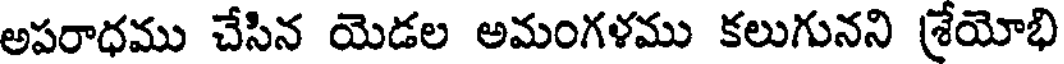
అపరాధము చేసిన యెడల అమంగళము కలుగునని శ్రేయోభి